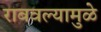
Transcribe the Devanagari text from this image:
राबवल्यामुळे